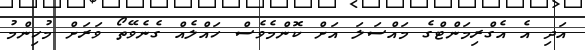
އަދި އެ އެގްރިމަންޓްގެ މައްސަލަ އަށް ކޮންމެވެސް ހައްލެއް ގެނެވޭތޯ ވަރަށް މުހިންމު